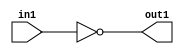
`timescale 1ps / 1ps
/*****************************************************************************
    Verilog RTL Description
    
    
    Created by: Stratus DpOpt 2019.1.01 
*******************************************************************************/

module GaussFilter_Not_1U_1U_4 (
	in1,
	out1
	); /* architecture "behavioural" */ 
input  in1;
output  out1;
wire  asc001;

assign asc001 = 
	((~in1));

assign out1 = asc001;
endmodule

/* CADENCE  urXySg8= : u9/ySgnWtBlWxVPRXgAZ4Og= ** DO NOT EDIT THIS LINE ******/